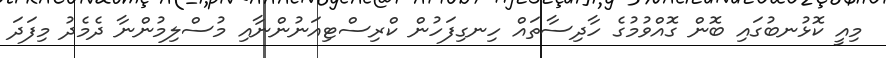
މިއީ ކޮޅުނބުގައި ބޮން ގޮއްވުމުގެ ހާދިސާތައް ހިނގިފަހުން ކްރިސްޓިއަނުންނާއި މުސްލިމުންނާ ދެމެދު މިފަދަ